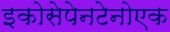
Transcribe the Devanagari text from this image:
इकोसेपेनटेनोएक